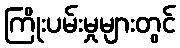
ကြိုးပမ်းမှုများတွင်